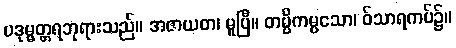
ပဒုမ္မတ္တရဘုရားသည်။ အဇာယတ၊ မူပြီ။ တမ္ပိကမ္ပသော၊ ဝ်သာရကပ်၌။